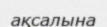
ақсалына